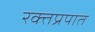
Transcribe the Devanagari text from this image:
रक्तप्रपात